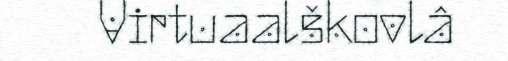
Virtuaalškovlâ